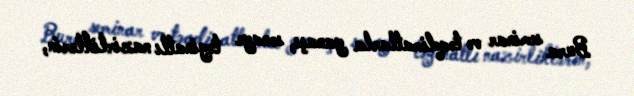
Bura seminar və təqdimatlarla yanaşı, sənaye təyinatlı nazirliklərin,